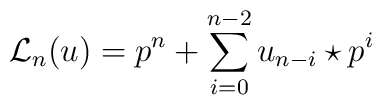
{{\mathcal L}_{n}}(u)=p^n + \sum _{i=0}^{n-2}u_{n-i}\star p^i